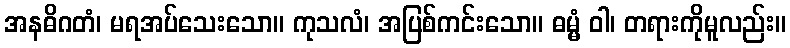
အနဓိဂတံ၊ မရအပ်သေးသော။ ကုသလံ၊ အပြစ်ကင်းသော။ ဓမ္မံ ဝါ၊ တရားကိုမူလည်း။